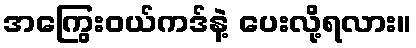
အကြွေးဝယ်ကဒ်နဲ့ ပေးလို့ရလား။